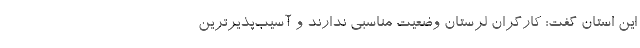
این استان گفت: کارگران لرستان وضعیت مناسبی ندارند و آسیب‌پذیرترین